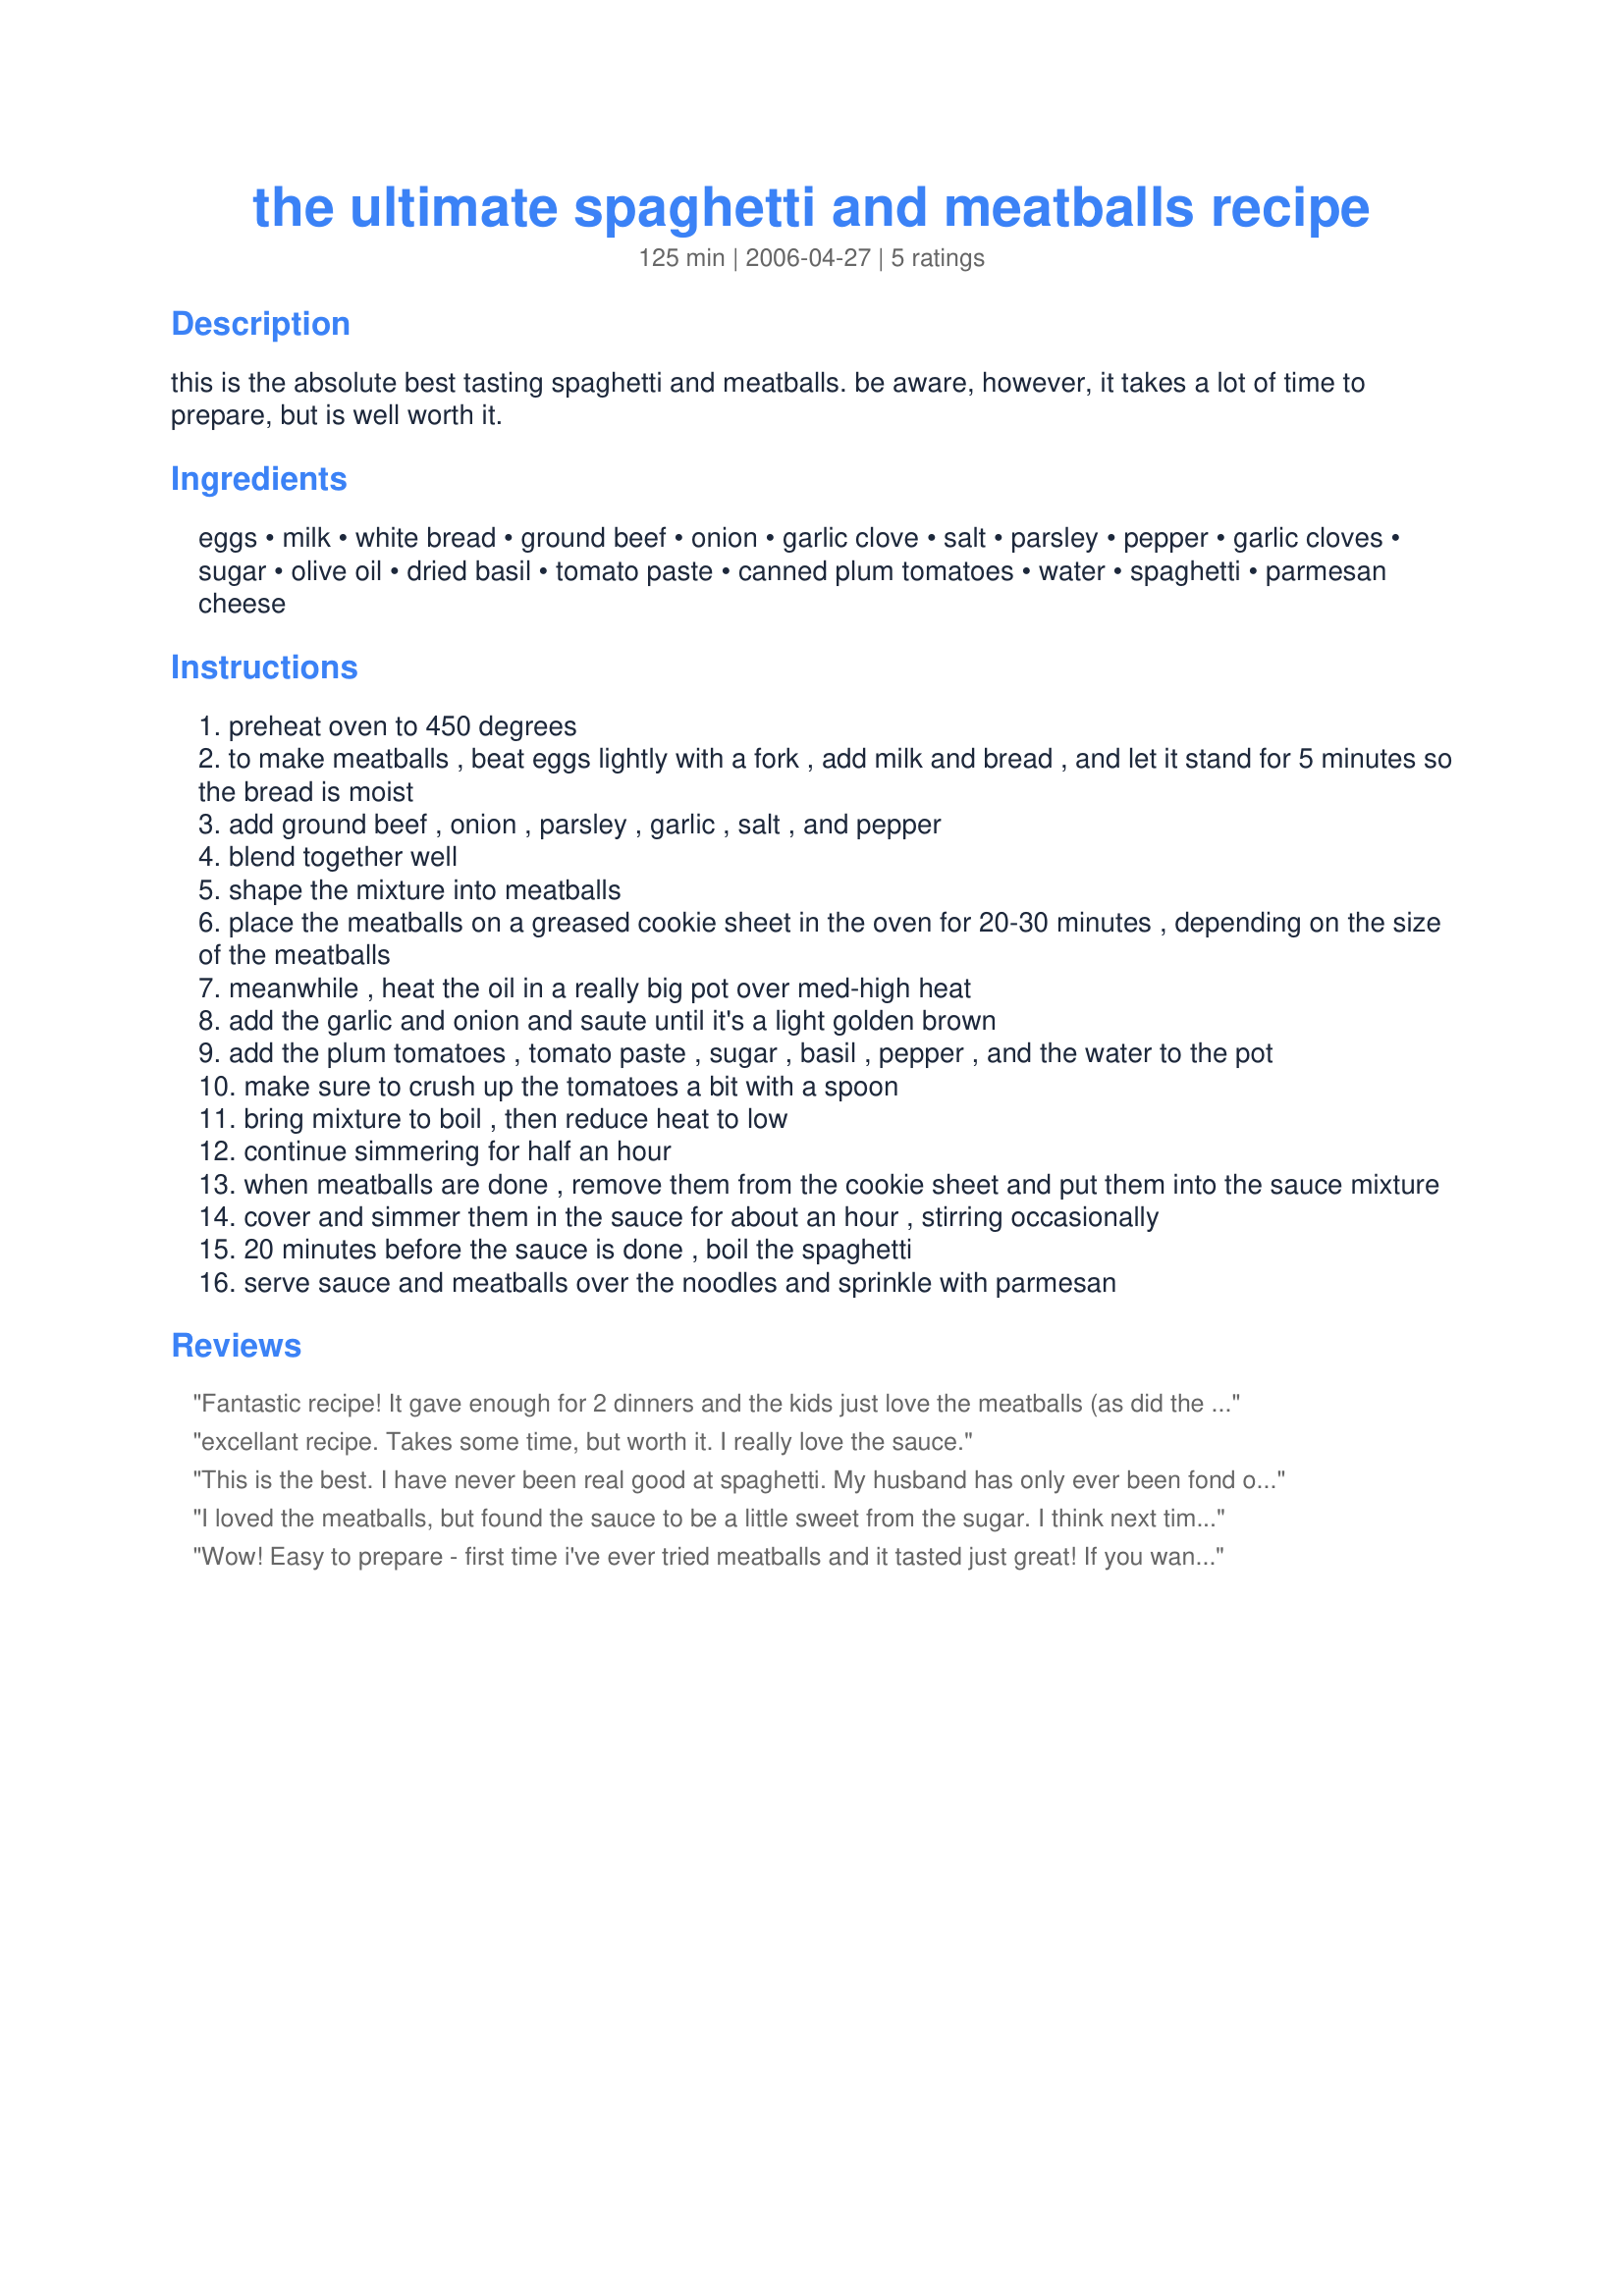
the ultimate spaghetti and meatballs recipe
Preparation time: 125 minutes

this is the absolute best tasting spaghetti and meatballs. be aware, however, it takes a lot of time to prepare, but is well worth it.

Ingredients:
eggs, milk, white bread, ground beef, onion, garlic clove, salt, parsley, pepper, garlic cloves, sugar, olive oil, dried basil, tomato paste, canned plum tomatoes, water, spaghetti, parmesan cheese

Steps:
preheat oven to 450 degrees
to make meatballs , beat eggs lightly with a fork , add milk and bread , and let it stand for 5 minutes so the bread is moist
add ground beef , onion , parsley , garlic , salt , and pepper
blend together well
shape the mixture into meatballs
place the meatballs on a greased cookie sheet in the oven for 20-30 minutes , depending on the size of the meatballs
meanwhile , heat the oil in a really big pot over med-high heat
add the garlic and onion and saute until it's a light golden brown
add the plum tomatoes , tomato paste , sugar , basil , pepper , and the water to the pot
make sure to crush up the tomatoes a bit with a spoon
bring mixture to boil , then reduce heat to low
continue simmering for half an hour
when meatballs are done , remove them from the cookie sheet and put them into the sauce mixture
cover and simmer them in the sauce for about an hour , stirring occasionally
20 minutes before the sauce is done , boil the spaghetti
serve sauce and meatballs over the noodles and sprinkle with parmesan

Reviews:
Fantastic recipe! It gave enough for 2 dinners and the kids just love the meatballs (as did the adults)! I don't think I'll be making meatballs any other way, because I've tried many meatball recipes that just didn't cut it. I followed everything to the letter except I used brown sugar and added a big splash of red wine.
excellant recipe. Takes some time, but worth it. I really love the sauce.
This is the best. I have never been real good at spaghetti. My husband has only ever been fond of his ex-wifes! He says that was the only thing she could cook. Now mine are better!! Thank you very much!! I omitted the onions and used crushed tomatoes instead, YUM!!
I loved the meatballs, but found the sauce to be a little sweet from the sugar. I think next time I will cut it down to 1 tsp. sugar. We enjoyed it, but will make again with a little tweaking.
Wow!
Easy to prepare - first time i've ever tried meatballs and it tasted just great!

If you want a tastey and easy recipe try this - although you'll get your kitchen dirty!

PS> Great one to make with the kids!
